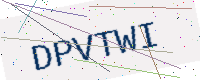
Text: DPVTWI